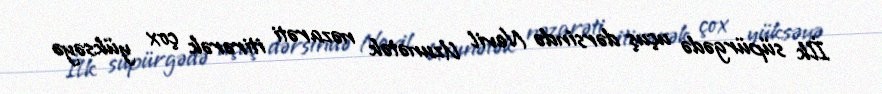
İlk süpürgədə uçuş dərsində Nevil Uzunətək nəzarəti itirərək çox yüksəyə